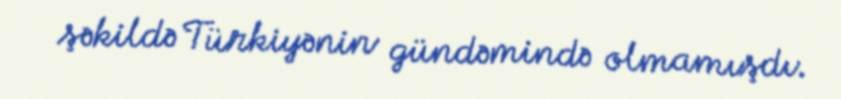
şəkildə Türkiyənin gündəmində olmamışdı.